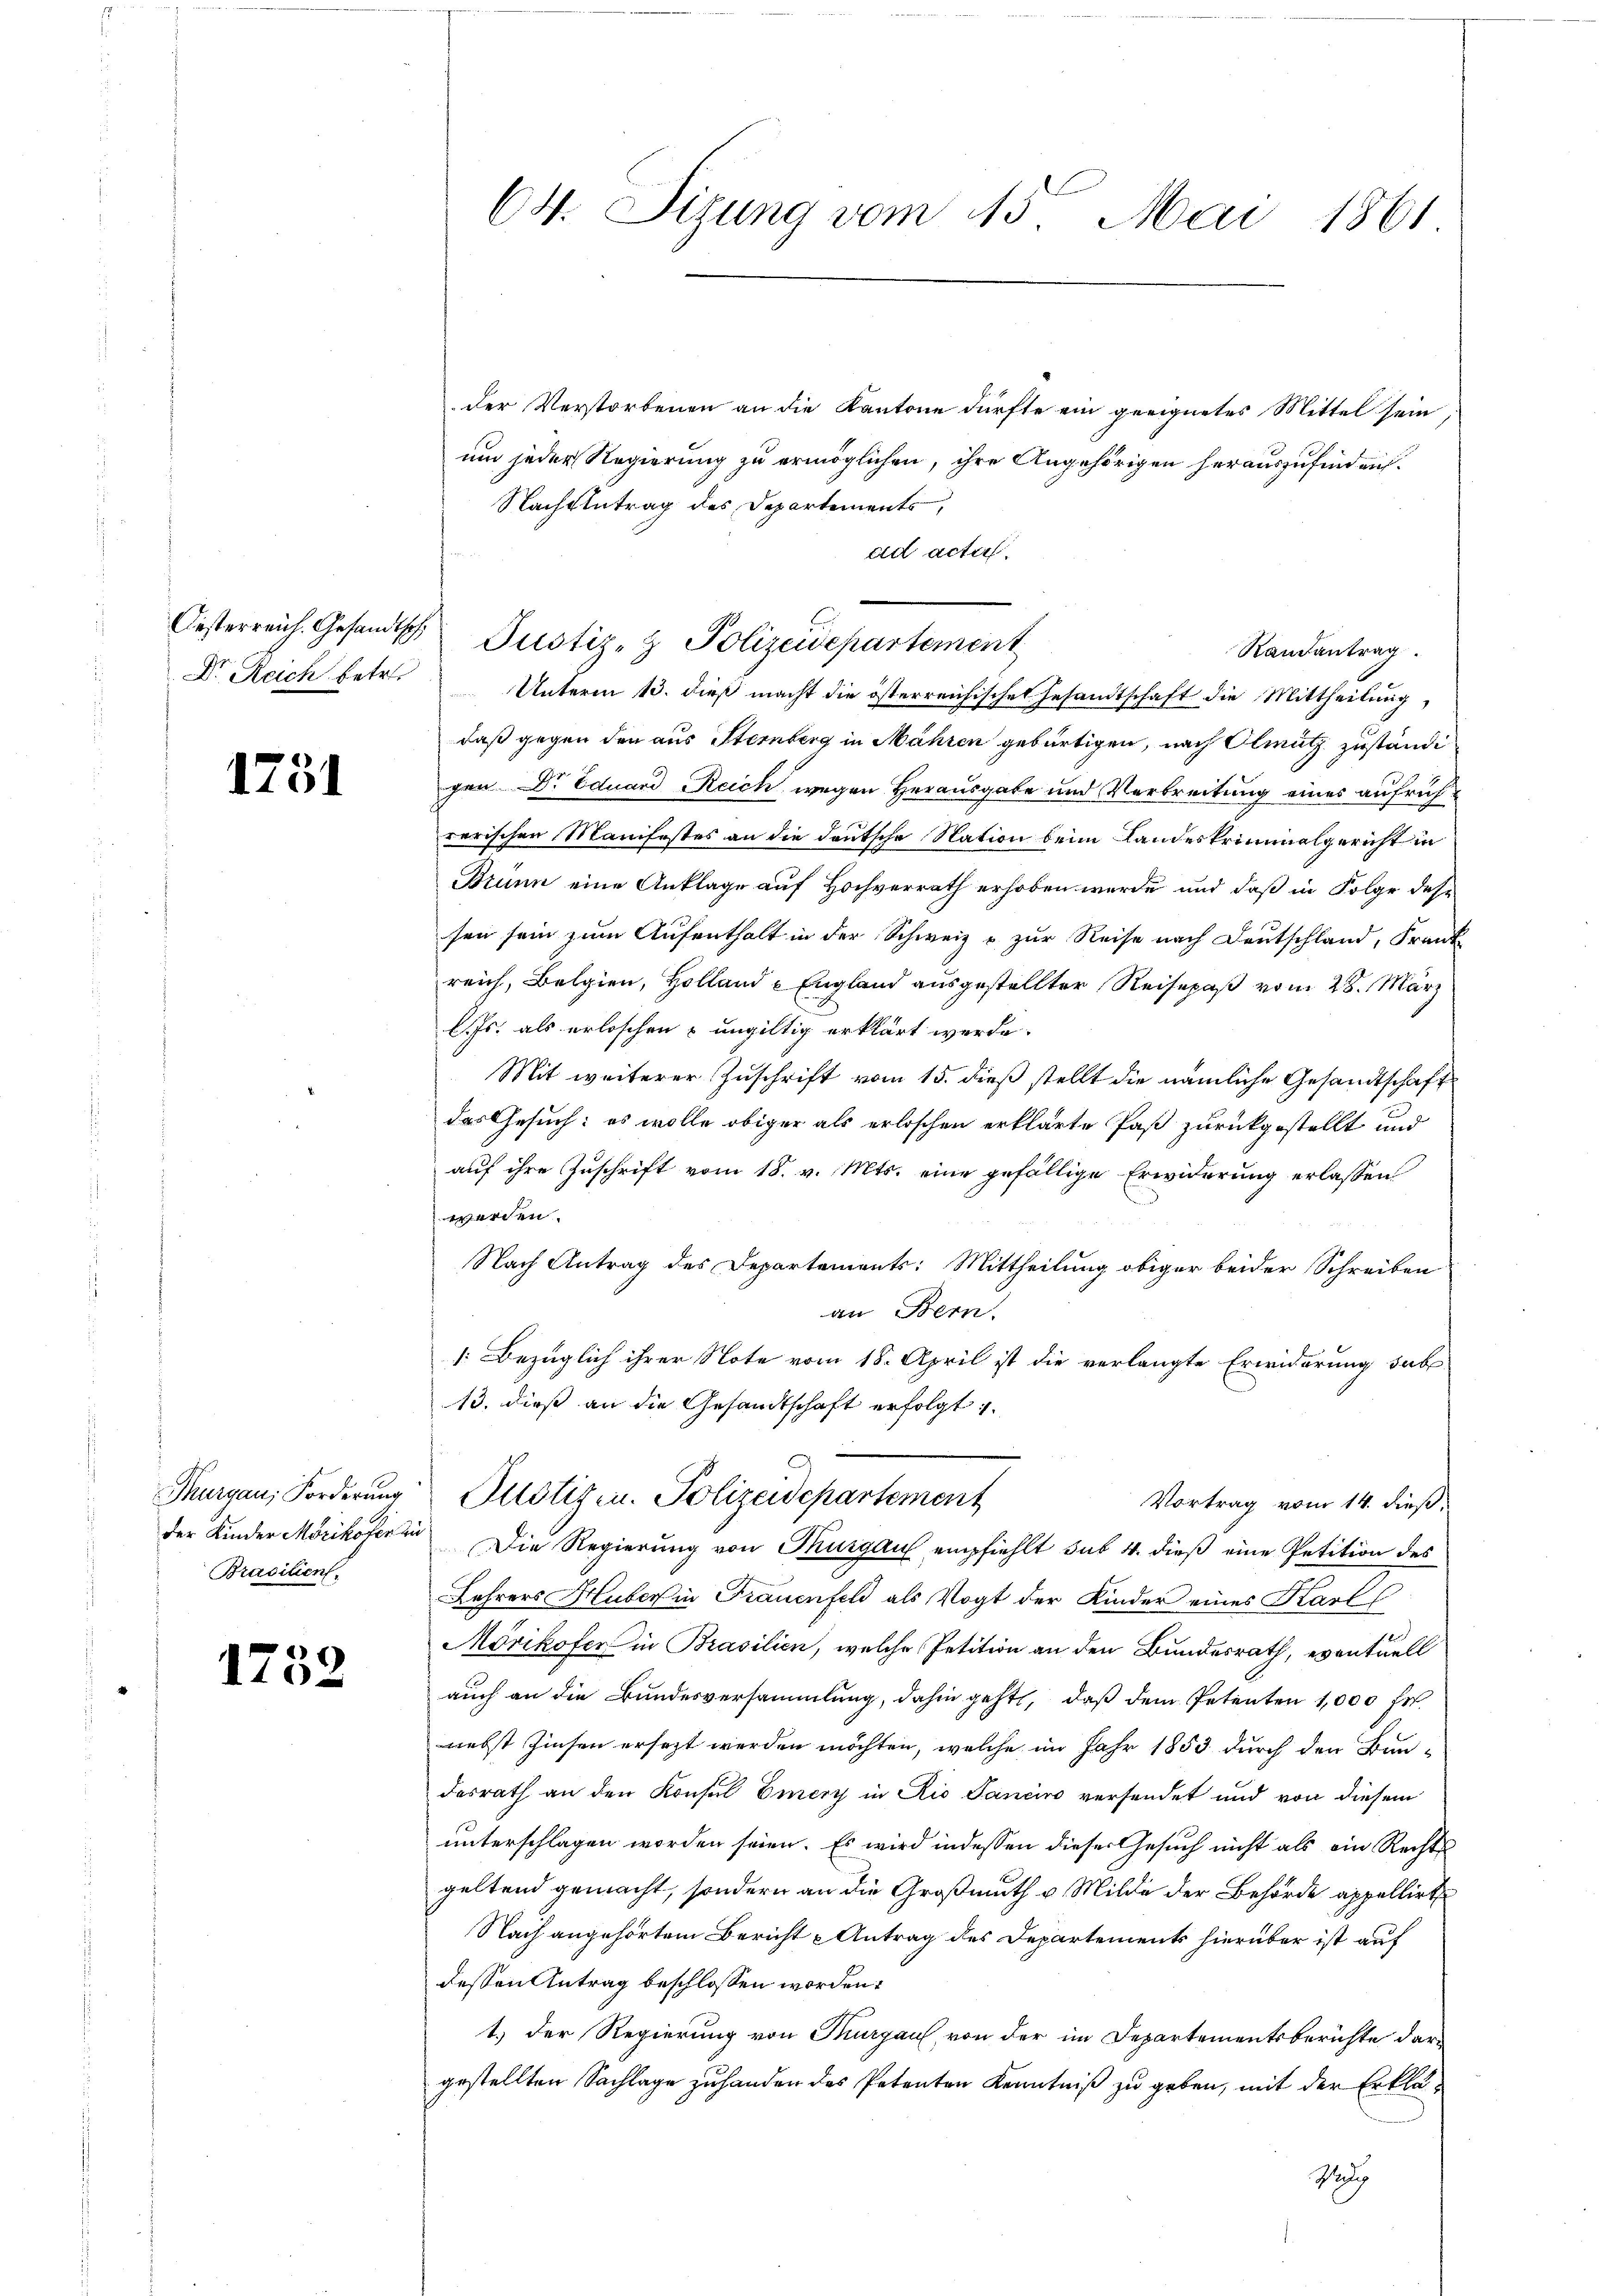
Oesterreich. Gesandtsch
Dr. Ruch betr.

1751

Thurgau, Forderung
der Kinder Mörikofer zu
Brasilien.

1752

64. Sizung vom 15. Mai 1861.

der Verstorbenen an die Kantone dürfte ein geeignetes Mittel sein
um jeder Regierung zu ermöglichen, ihre Angehörigen herauszufinden.
Nachzutrag des Departements,
ad acta.
Randantrag
Unterm 13. dieß macht die österreichischen Gesandtschaft die Mittheilung
daß gegen den aus Sternberg in Mähren gebürtigen, nach Olmütz zuständigen Dr. Eduard Reich, wegen Herausgabe und Verbreitung eines aufrich
rerischen Manifestes an die deutsche Nation beim Landeskriminalgericht in
Brunn eine Anklage auf Hochverrath erhoben wurde und daß in Folge dese
sen sein zum Aufenthalt in der Schweiz u. zur Reise nach Deutschland, Frank
reich, Belgien, Holland England ausgestellter Reisepaß vom 28. März
l. Js. als erloschen & ungültig erklärt werde.
Mit weiterer Zuschrift vom 15. dieß stellt die nämliche Gesandtschaft
das Gesuch: es wolle obiger als erloschen erklärte Paß zurückgestellt und
auf ihre Zuschrift vom 18. v. Mts. eine gefällige Erwiderung erlassen
werden.
Nach Antrag des Departements: Mittheilung obiger beider Schreiben
an Bern.
1. Bezüglich ihrer Note vom 18. April ist die verlangte Erwiderung sub
13. dieß an die Gesandtschaft erfolgt.
Justizen. Polizeidepartement
Vortrag vom 14. dieß,
Die Regierung von Thurgau empfiehlt sub 4. dieß eine Petition des
Lehrers Huber in Frauenfeld als Vogt der Kinder eines Karl E
Mörikofer in Brasilien, welche Petition an den Bundesrath, eventuell
auch an die Bundesversammlung, dahin geht, daß dem Petenten 1,000 Fr.
nebst Zinsen ersezt werden möchten, welche im Jahr 1853 durch den Bundesrath an den Konsul Emery in Rio Sanciro versendet und von diesem
unterschlagen worden seien. Es wird indessen dieser Gesuch nicht als ein Rechts
geltend gemacht, sondern an die Großmuth v. Milde der Behörde appellirt
Nach angehörtem Bericht Antrag des Departements hierüber ist auf
dessen Antrag beschlossen worden.
1.) Der Regierung von Thurgau, von der im Departementsberichte dar
gestellten Sachlage zuhanden das Petenten Kenntniß zu geben, mit der Erklä¬
Hedig

Justiz- & Polizeidepartement